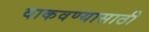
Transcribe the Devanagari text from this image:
वाकवण्यासाठी